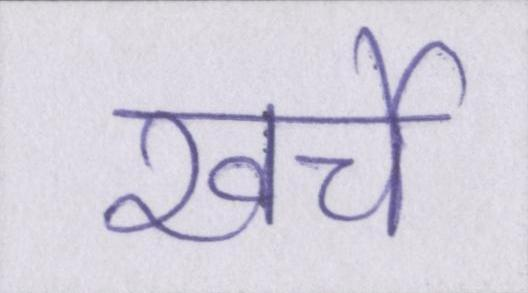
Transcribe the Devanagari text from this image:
खर्चे